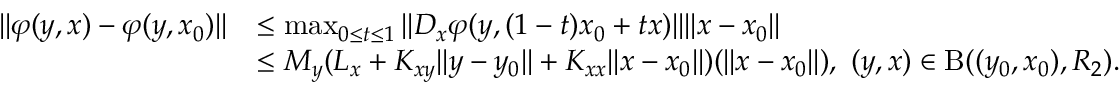
\begin{array} { r l } { \Vert \varphi ( y , x ) - \varphi ( y , x _ { 0 } ) \Vert } & { \leq \operatorname* { m a x } _ { 0 \leq t \leq 1 } \Vert D _ { x } \varphi ( y , ( 1 - t ) x _ { 0 } + t x ) \Vert \Vert x - x _ { 0 } \Vert } \\ & { \leq M _ { y } ( L _ { x } + K _ { x y } \Vert y - y _ { 0 } \Vert + K _ { x x } \Vert x - x _ { 0 } \Vert ) ( \Vert x - x _ { 0 } \Vert ) , \ ( y , x ) \in \mathrm { B } ( ( y _ { 0 } , x _ { 0 } ) , R _ { 2 } ) . } \end{array}